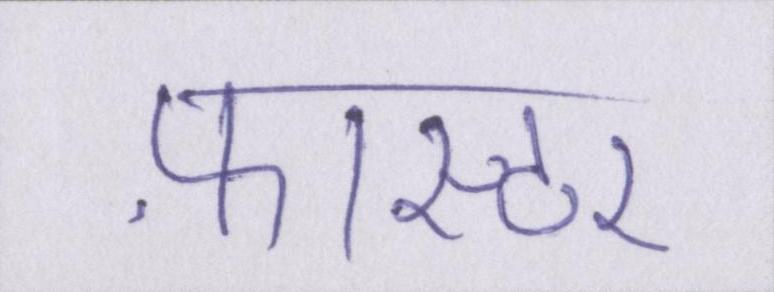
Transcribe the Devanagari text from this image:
फ़ास्टर